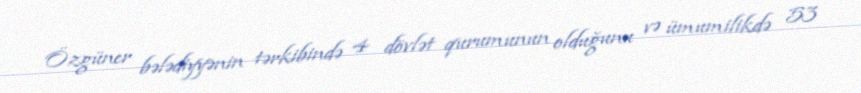
Özgüner bələdiyyənin tərkibində 4 dövlət qurumunun olduğunu və ümumilikdə 53